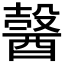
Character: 𨢋